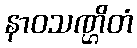
နာဝသဏ္ဌိတံ